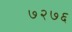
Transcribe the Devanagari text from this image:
७२७६